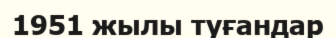
1951 жылы туғандар